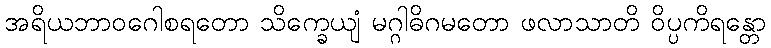
အရိယဘာဝဂေါစရတော သိက္ခေယျံ မဂ္ဂါဓိဂမတော ဖလာသာတိ ဝိပ္ပကိရန္တော